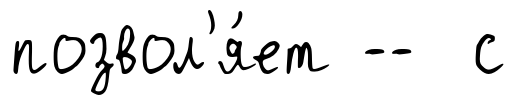
позвол'я́ет -- с